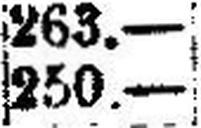
250.—